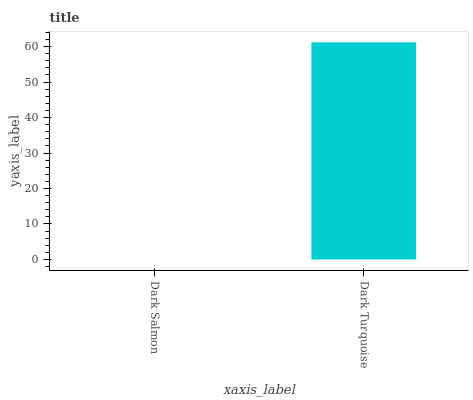
| xaxis_label | bars |
 | --- | --- |
 | Dark Salmon | 0 |
 | Dark Turquoise | 61.2 |